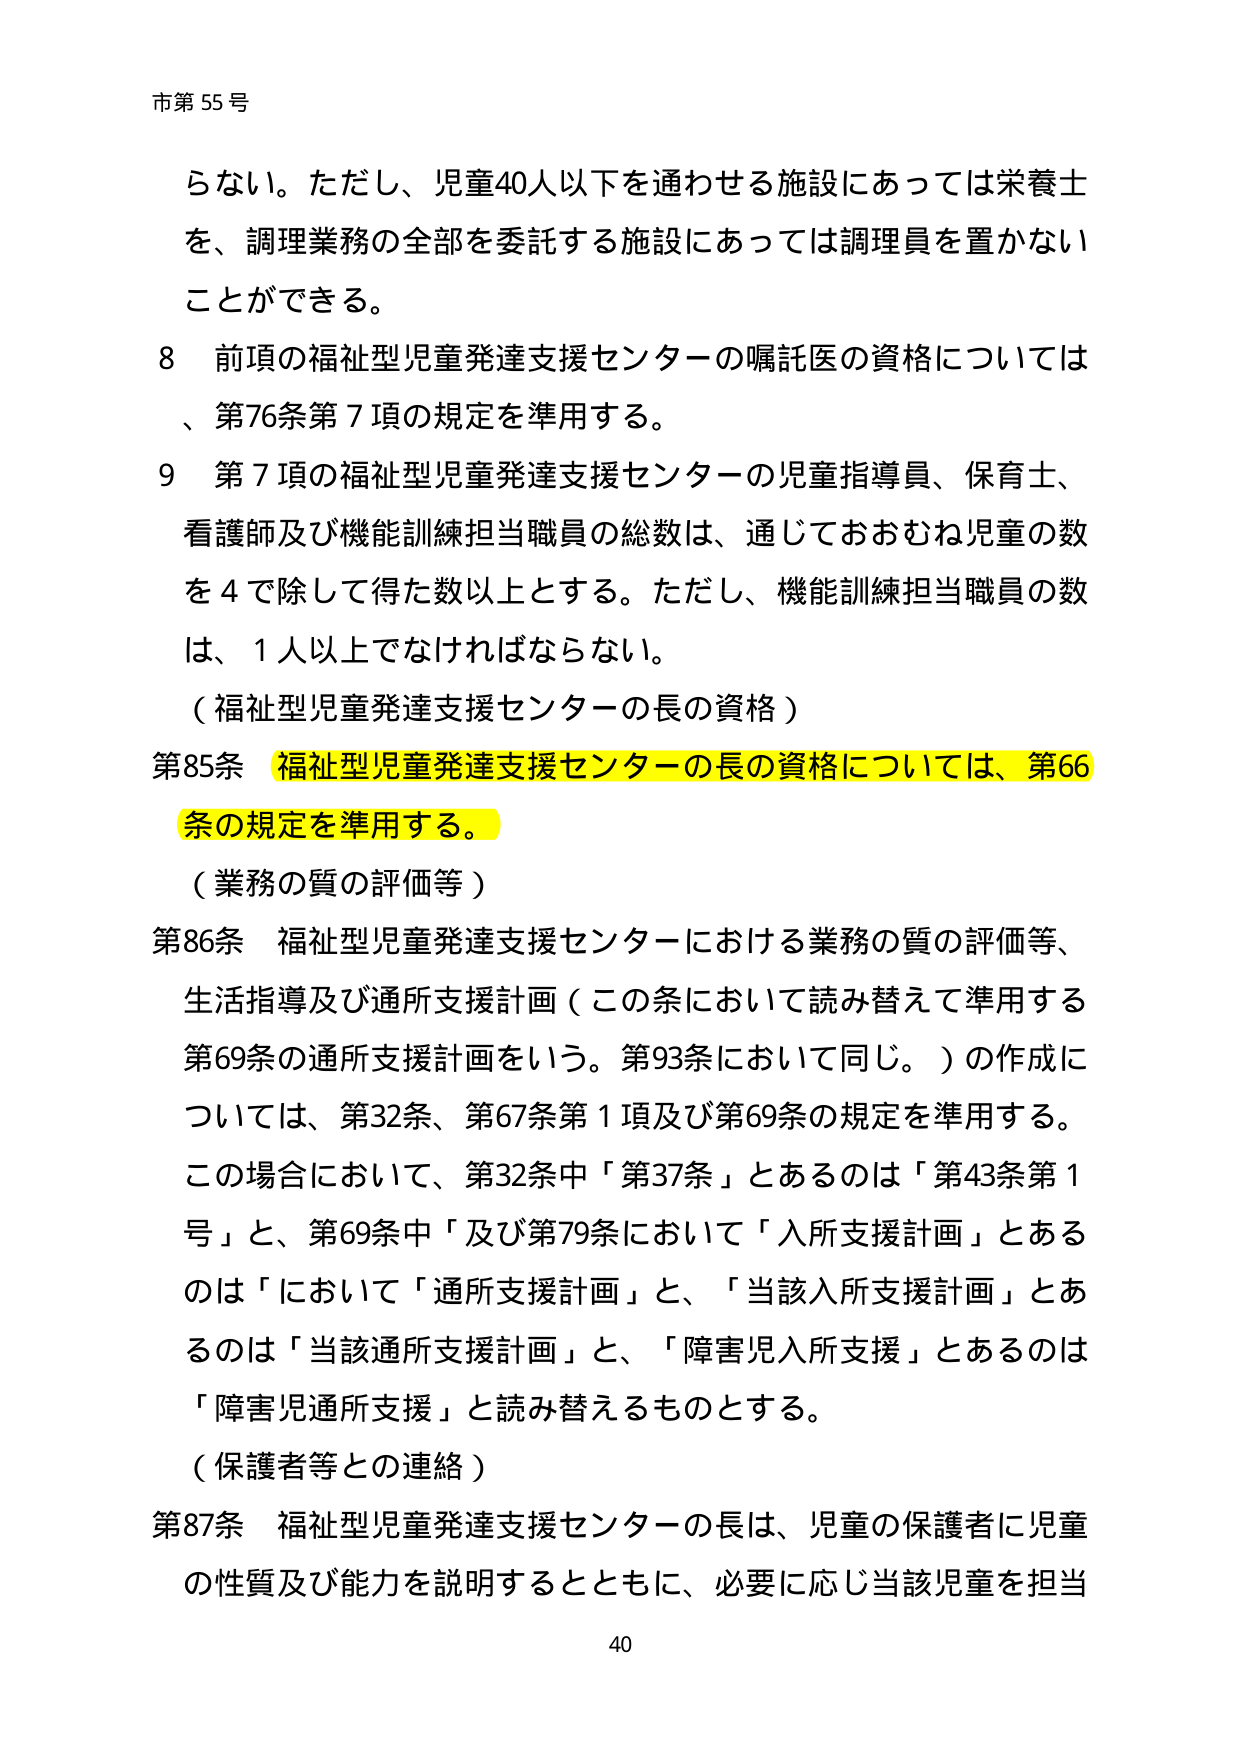
市第55号

らない。ただし、児童40人以下を通わせる施設にあっては栄養士を、調理業務の全部を委託する施設にあっては調理員を置かないことができる。

8 前項の福祉型児童発達支援センターの嘱託医の資格については、第76条第7項の規定を準用する。

9 第7項の福祉型児童発達支援センターの児童指導員、保育士、看護師及び機能訓練担当職員の総数は、通じておおむね児童の数を4で除して得た数以上とする。ただし、機能訓練担当職員の数は、1人以上でなければならない。

（福祉型児童発達支援センターの長の資格）

第85条 福祉型児童発達支援センターの長の資格については、第66条の規定を準用する。

（業務の質の評価等）

第86条 福祉型児童発達支援センターにおける業務の質の評価等、生活指導及び通所支援計画（この条において読み替えて準用する第69条の通所支援計画をいう。第93条において同じ。）の作成については、第32条、第67条第1項及び第69条の規定を準用する。この場合において、第32条中「第37条」とあるのは「第43条第1号」と、第69条中「及び第79条において「入所支援計画」とあるのは「において「通所支援計画」と、「当該入所支援計画」とあるのは「当該通所支援計画」と、「障害児入所支援」とあるのは「障害児通所支援」と読み替えるものとする。

（保護者等との連絡）

第87条 福祉型児童発達支援センターの長は、児童の保護者に児童の性質及び能力を説明するとともに、必要に応じ当該児童を担当

40